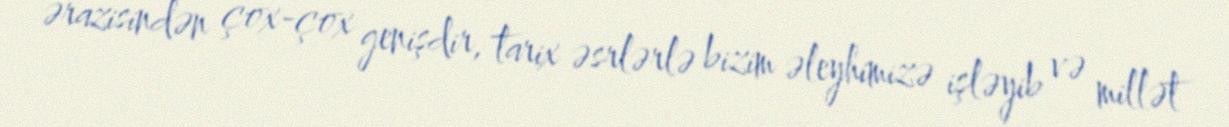
ərazisindən çox-çox genişdir, tarix əsrlərlə bizim əleyhimizə işləyib və millət